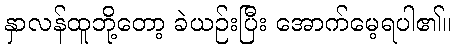
နှာလန်ထူဘို့တော့ ခဲယဉ်းပြီး အောက်မေ့ရပါ၏။